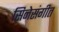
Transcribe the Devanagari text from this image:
सिनेसंगीत